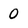
Character: 0